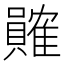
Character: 𬥩